Indian journal of veterinary science and animal husbandry - Volume 5,
Year: 1935
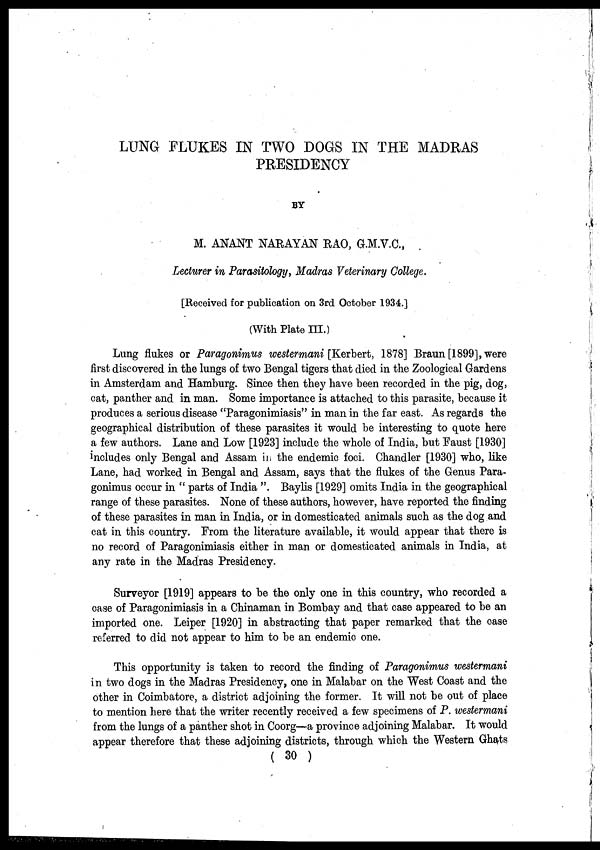
LUNG FLUKES IN TWO DOGS IN THE MADRAS
PRESIDENCY
BY
M. ANANT NARAYAN RAO, G.M.V.C.,
Lecturer in Parasitology, Madras Veterinary College.
[Received for publication on 3rd October 1934.]
(With Plate III.)
Lung flukes or Paragonimus westermani [Kerbert, 1878] Braun [1899], were
first discovered in the lungs of two Bengal tigers that died in the Zoological Gardens
in Amsterdam and Hamburg. Since then they have been recorded in the pig, dog,
cat, panther and in man. Some importance is attached to this parasite, because it
produces a serious disease "Paragonimiasis" in man in the far east. As regards the
geographical distribution of these parasites it would be interesting to quote here
a few authors. Lane and Low [1923] include the whole of India, but Faust [1930]
includes only Bengal and Assam in the endemic foci. Chandler [1930] who, like
Lane, had worked in Bengal and Assam, says that the flukes of the Genus Para-
gonimus occur in " parts of India ". Baylis [1929] omits India in the geographical
range of these parasites. None of these authors, however, have reported the finding
of these parasites in man in India, or in domesticated animals such as the dog and
cat in this country. From the literature available, it would appear that there is
no record of Paragonimiasis either in man or domesticated animals in India, at
any rate in the Madras Presidency.
Surveyor [1919] appears to be the only one in this country, who recorded a
case of Paragonimiasis in a Chinaman in Bombay and that case appeared to be an
imported one. Leiper [1920] in abstracting that paper remarked that the case
referred to did not appear to him to be an endemic one.
This opportunity is taken to record the finding of Paragonimus westermani
in two dogs in the Madras Presidency, one in Malabar on the West Coast and the
other in Coimbatore, a district adjoining the former. It will not be out of place
to mention here that the writer recently received a few specimens of P. westermani
from the lungs of a panther shot in Coorg—a province adjoining Malabar. It would
appear therefore that these adjoining districts, through which the Western Ghats
( 30 )